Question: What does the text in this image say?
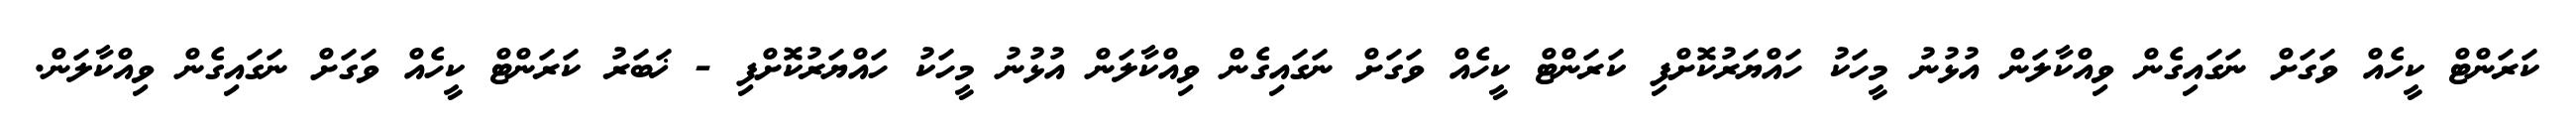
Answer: ކަރަންޓް ކީހެއް ވަގަށް ނަގައިގެން ވިއްކާލަން އުޅުނު މީހަކު ހައްޔަރުކޮށްފި ކަރަންޓް ކީހެއް ވަގަށް ނަގައިގެން ވިއްކާލަން އުޅުނު މީހަކު ހައްޔަރުކޮށްފި - ޚަބަރު ކަރަންޓް ކީހެއް ވަގަށް ނަގައިގެން ވިއްކާލަން.